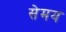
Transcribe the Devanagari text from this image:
सेमय